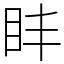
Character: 盽